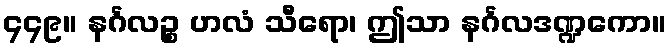
၄၄၉။ နင်္ဂလဉ္စ ဟလံ သီရော၊ ဤသာ နင်္ဂလဒဏ္ဍကော။